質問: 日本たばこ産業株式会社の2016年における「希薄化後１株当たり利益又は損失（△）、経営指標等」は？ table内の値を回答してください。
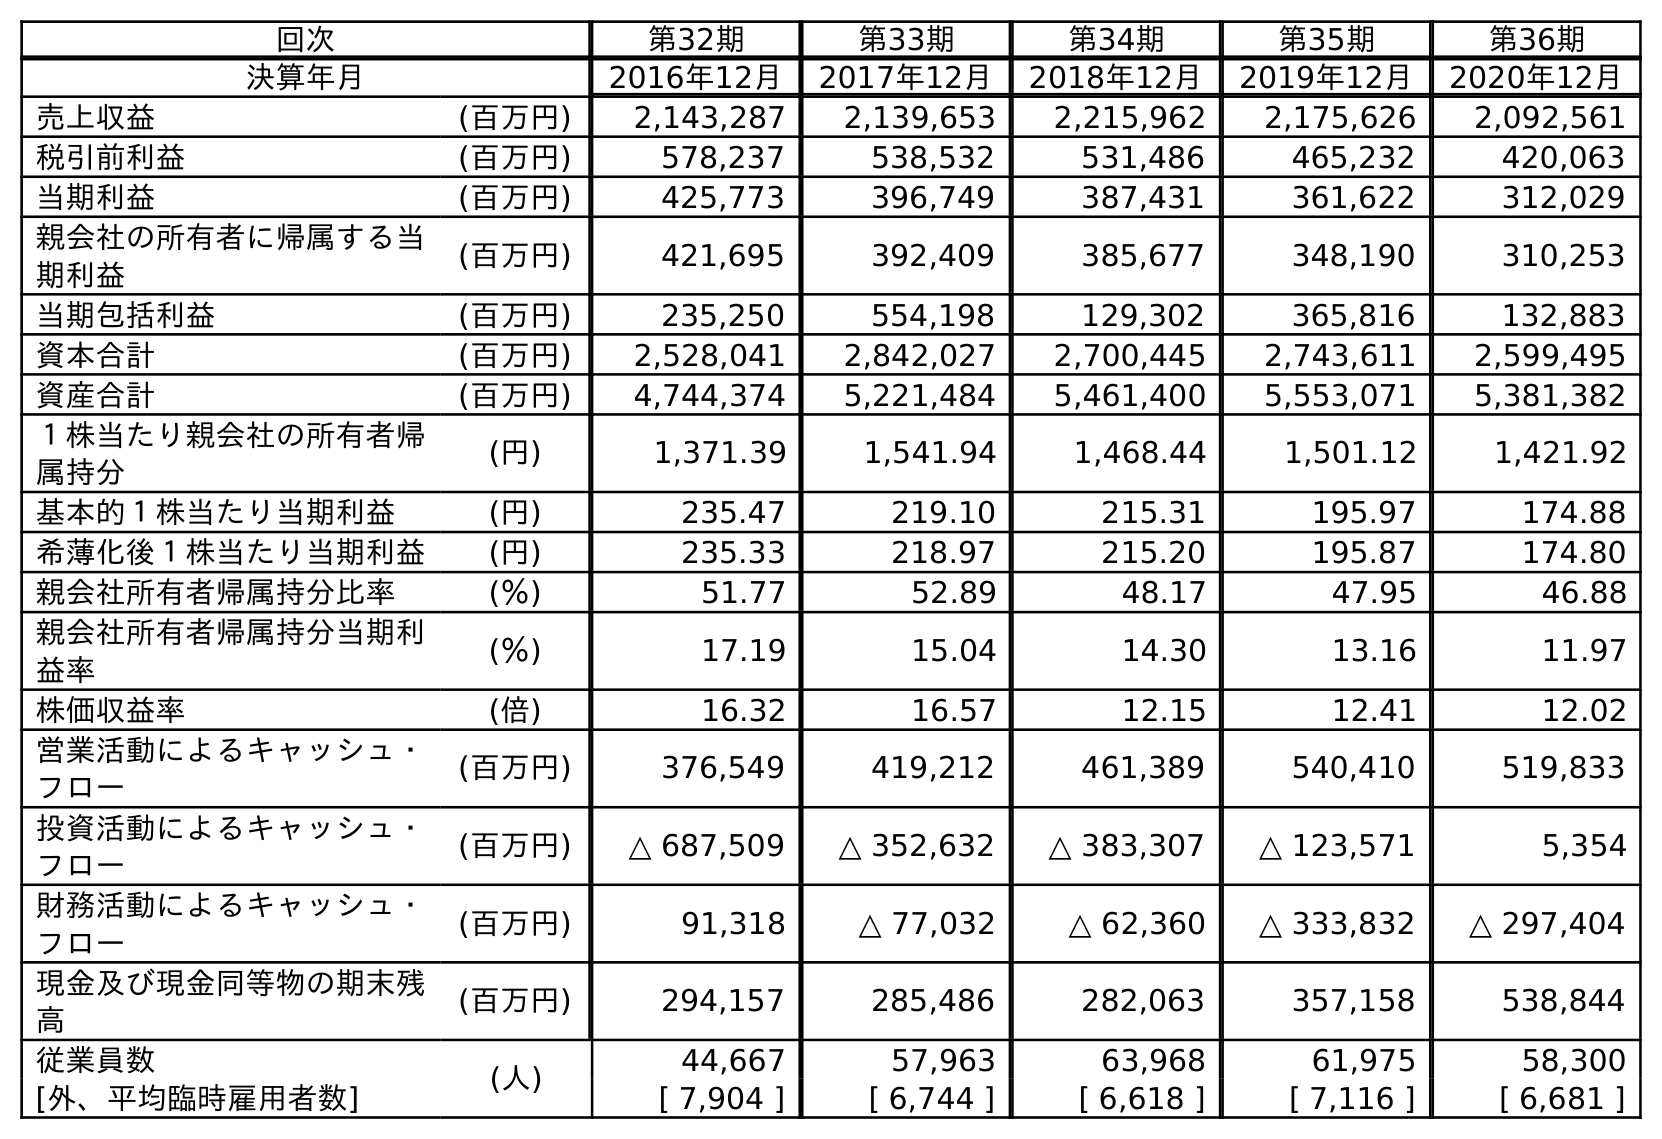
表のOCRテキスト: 回次 第32期 第33期 第34期 第35期 第36期 決算年月 2016年12月 2017年12月 2018年12月 2019年12月 2020年12月 売上収益 (百万円) 2,143,287 2,139,653 2,215,962 2,175,626 2,092,561 税引前利益 (百万円) 578,237 538,532 531,486 465,232 420,063 当期利益 (百万円) 425,773 396,749 387,431 361,622 312,029 親会社の所有者に帰属する当 期利益 (百万円) 421,695 392,409 385,677 348,190 310,253 当期包括利益 (百万円) 235,250 554,198 129,302 365,816 132,883 資本合計 (百万円) 2,528,041 2,842,027 2,700,445 2,743,611 2,599,495 資産合計 (百万円) 4,744,374 5,221,484 5,461,400 5,553,071 5,381,382 １株当たり親会社の所有者帰 属持分 (円) 1,371.39 1,541.94 1,468.44 1,501.12 1,421.92 基本的１株当たり当期利益 (円) 235.47 219.10 215.31 195.97 174.88 希薄化後１株当たり当期利益 (円) 235.33 218.97 215.20 195.87 174.80 親会社所有者帰属持分比率 (％) 51.77 52.89 48.17 47.95 46.88 親会社所有者帰属持分当期利 益率 (％) 17.19 15.04 14.30 13.16 11.97 株価収益率 (倍) 16.32 16.57 12.15 12.41 12.02 営業活動によるキャッシュ・ フロー (百万円) 376,549 419,212 461,389 540,410 519,833 投資活動によるキャッシュ・ フロー (百万円) △ 687,509 △ 352,632 △ 383,307 △ 123,571 5,354 財務活動によるキャッシュ・ フロー (百万円) 91,318 △ 77,032 △ 62,360 △ 333,832 △ 297,404 現金及び現金同等物の期末残 高 (百万円) 294,157 285,486 282,063 357,158 538,844 従業員数 (人) 44,667 57,963 63,968 61,975 58,300 [外、平均臨時雇用者数] [ 7,904 ] [ 6,744 ] [ 6,618 ] [ 7,116 ] [ 6,681 ]
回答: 235.33